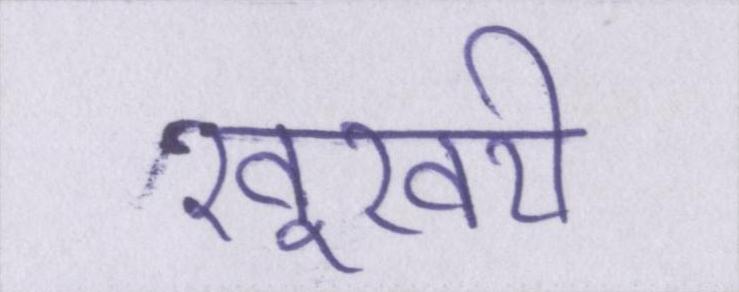
खूखरी